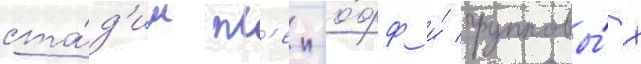
ста́д'ии пл'еи-о́фф и́ групповы́х